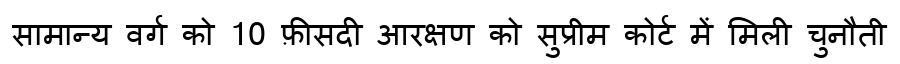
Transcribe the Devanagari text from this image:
सामान्य वर्ग को 10 फ़ीसदी आरक्षण को सुप्रीम कोर्ट में मिली चुनौती